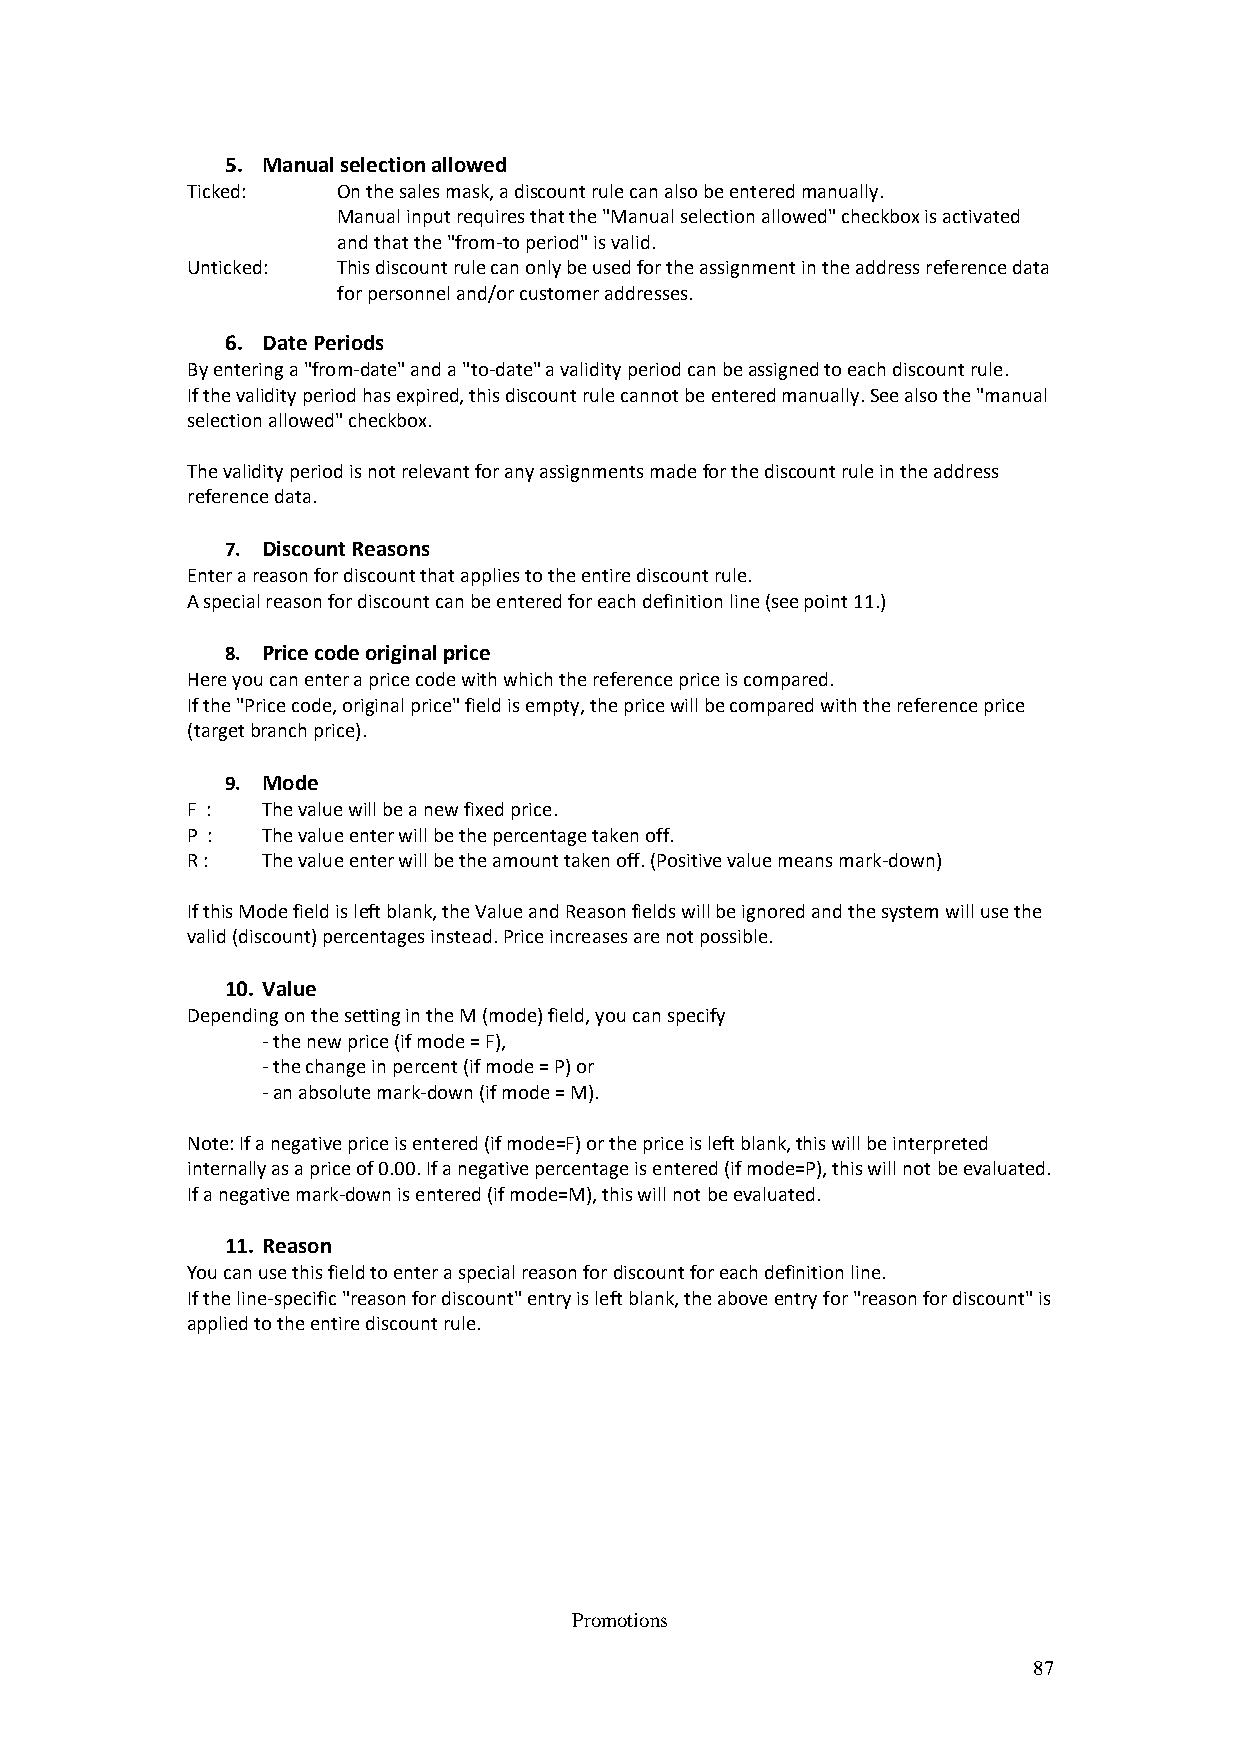
5. Manual selection allowed
 Ticked:   On the sales mask, a discount rule can also be entered manually.
 Manual input requires that the "Manual selection allowed" checkbox is activated
 and that the "from-to period" is valid.
 Unticked: This discount rule can only be used for the assignment in the address reference data
 for personnel and/or customer addresses.
 6. Date Periods
 By entering a "from-date" and a "to-date" a validity period can be assigned to each discount rule.
 If the validity period has expired, this discount rule cannot be entered manually. See also the "manual
 selection allowed" checkbox.
 The validity period is not relevant for any assignments made for the discount rule in the address
 reference data.
 7. Discount Reasons
 Enter a reason for discount that applies to the entire discount rule.
 A special reason for discount can be entered for each definition line (see point 11.)
 8. Price code original price
 Here you can enter a price code with which the reference price is compared.
 If the "Price code, original price" field is empty, the price will be compared with the reference price
 (target branch price).
 9. Mode
 F :  The value will be a new fixed price.
 P :  The value enter will be the percentage taken off.
 R :  The value enter will be the amount taken off. (Positive value means mark-down)
 If this Mode field is left blank, the Value and Reason fields will be ignored and the system will use the
 valid (discount) percentages instead. Price increases are not possible.
 10. Value
 Depending on the setting in the M (mode) field, you can specify
 - the new price (if mode = F),
 - the change in percent (if mode = P) or
 - an absolute mark-down (if mode = M).
 Note: If a negative price is entered (if mode=F) or the price is left blank, this will be interpreted
 internally as a price of 0.00. If a negative percentage is entered (if mode=P), this will not be evaluated.
 If a negative mark-down is entered (if mode=M), this will not be evaluated.
 11. Reason
 You can use this field to enter a special reason for discount for each definition line.
 If the line-specific "reason for discount" entry is left blank, the above entry for "reason for discount" is
 applied to the entire discount rule.
 Promotions
 87